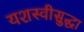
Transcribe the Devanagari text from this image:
यशस्वीसुद्धा